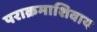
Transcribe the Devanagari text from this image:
पराक्रमाशिवाय